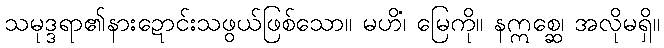
သမုဒ္ဒရာ၏နားဍောင်းသဖွယ်ဖြစ်သော။ မဟိံ၊ မြေကို။ နဣစ္ဆေ၊ အလိုမရှိ။